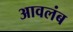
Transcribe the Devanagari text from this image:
आवलंब